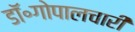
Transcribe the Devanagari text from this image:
डॉ॰गोपालचारी